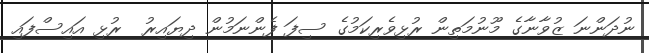
ނުދަންނަ ޒުވާނާގެ މޫނުމަތިން ރުޅިވެރިކަމުގެ ސިފަ ފެންނަމުން ދިޔައިރު  ރުޅި އައިސްފައި